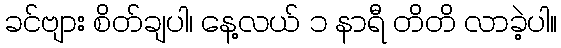
ခင်ဗျား စိတ်ချပါ၊ နေ့လယ် ၁ နာရီ တိတိ လာခဲ့ပါ။